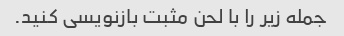
جمله زیر را با لحن مثبت بازنویسی کنید.